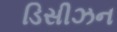
ડિસીઝન